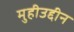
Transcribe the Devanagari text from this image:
मुहीउद्दीन